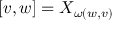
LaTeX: [ v , w ] = X _ { \omega ( w , v ) }